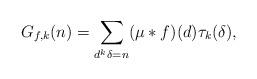
LaTeX: \begin{align*} G_{f,k}(n)= \sum_{d^k\delta=n} (\mu*f)(d)\tau_k(\delta),\end{align*}